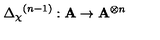
{ { \Delta } _ { \chi } } ^ { ( n - 1 ) } : \mathbf { A } \rightarrow { \mathbf { A } } ^ { \otimes n }